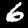
Label: 6